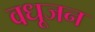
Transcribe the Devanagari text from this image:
वधूजन